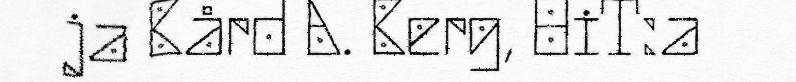
ja Bård A. Berg, UiT:a